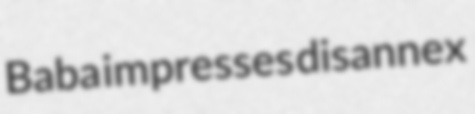
Baba impresses disannex